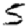
Digit: 5